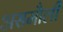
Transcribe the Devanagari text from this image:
असमौली